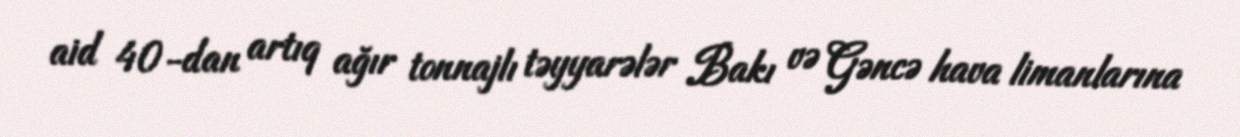
aid 40-dan artıq ağır tonnajlı təyyarələr Bakı və Gəncə hava limanlarına